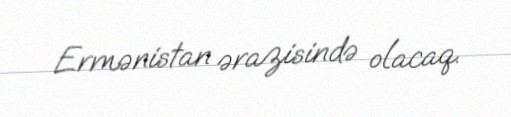
Ermənistan ərazisində olacaq.